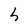
Character: h